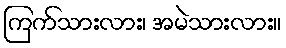
ကြက်သားလား၊ အမဲသားလား။